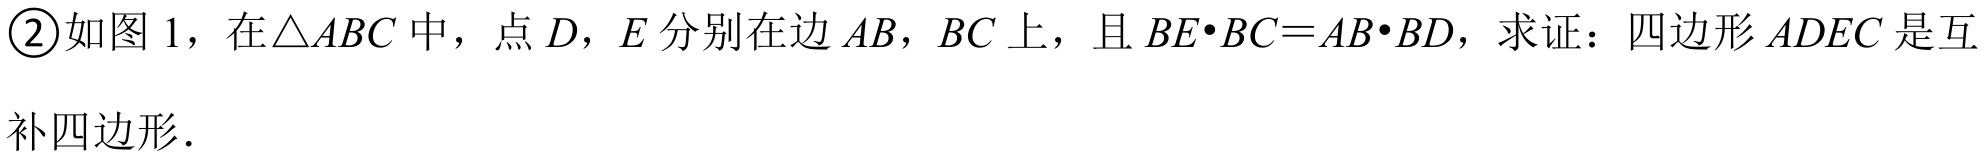
\textcircled{2}如图 1，在\(\triangle ABC\)中，点\(D\)，\(E\)分别在边\(AB\)，\(BC\)上，且\(BE\cdot BC = AB\cdot BD\)，求证：四边形\(ADEC\)是互
补四边形．